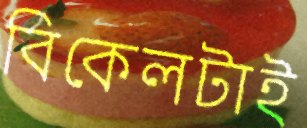
বিকেলটাই